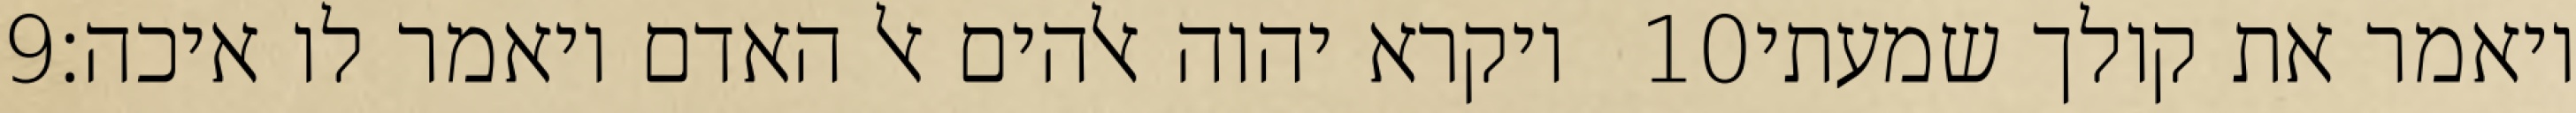
‎9‏ ויקרא יהוה אלהים אל האדם ויאמר לו איכה׃ ‎10‏ ויאמר את קולך שמעתי